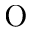
\mathrm { O }